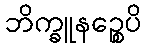
ဘိက္ခူနဉ္စေပိ